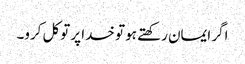
اگر ایمان رکھتے ہو تو خدا پر توکل کرو۔